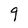
Character: g